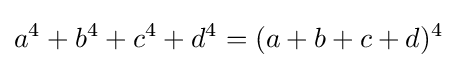
a^{4}+b^{4}+c^{4}+d^{4}=(a+b+c+d)^{4}